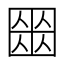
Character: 𡈍